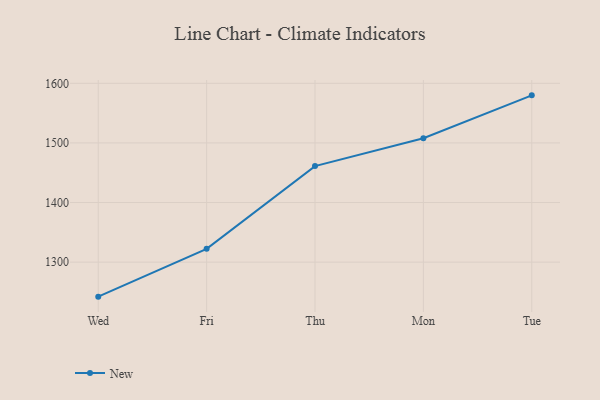
{"axis": {"x": "Day", "y": "Humidity (%)"}, "legend": ["New"], "data": [{"x": "Wed", "y": 1242.1, "type": "New"}, {"x": "Fri", "y": 1322.3, "type": "New"}, {"x": "Thu", "y": 1461.1, "type": "New"}, {"x": "Mon", "y": 1507.9, "type": "New"}, {"x": "Tue", "y": 1579.8, "type": "New"}]}